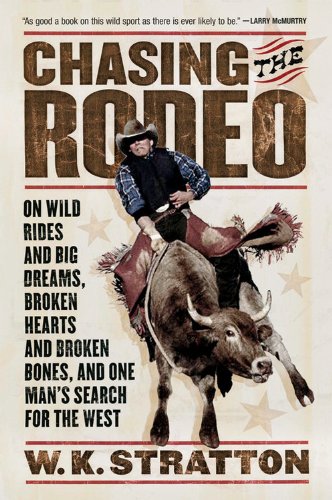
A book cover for Chasing the Rodeo: On Wild Rides and Big Dreams, Broken Hearts and Broken Bones, and One Man's Search for the West; W. K. Stratton; Sports & Outdoors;